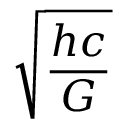
\sqrt { \frac { h c } { G } }